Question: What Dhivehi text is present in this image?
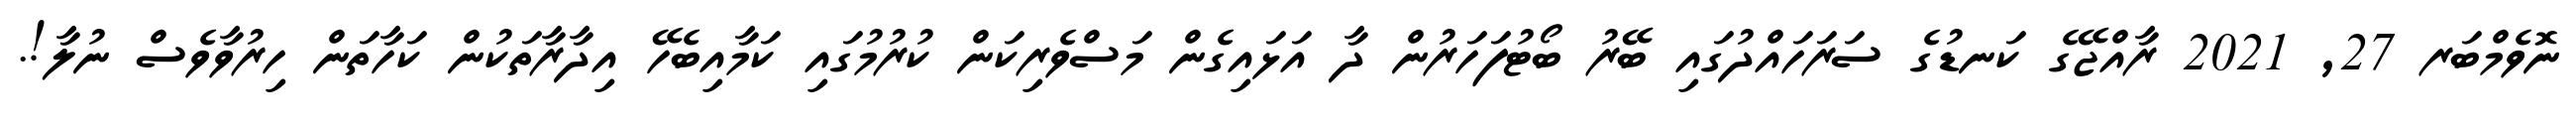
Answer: ނޮވެމްބަރ 27, 2021 ރާއްޖޭގެ ކަނޑުގެ ސަރަހައްދުގައި ބޭރު ބޯޓުފަހަރުން ދާ އަޅައިގެން މަސްވެރިކަން ކުރުމުގައި ކަމާއިބެހޭ އިދާރާތަކުން ކަހާތަން ހިރުވާވެސް ނުލާ!.